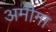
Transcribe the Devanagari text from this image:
अमीगा